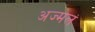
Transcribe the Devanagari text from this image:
अज्मल